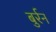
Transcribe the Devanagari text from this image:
बुर्रन